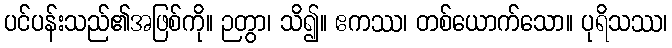
ပင်ပန်းသည်၏အဖြစ်ကို။ ဉတွာ၊ သိ၍။ ဧကဿ၊ တစ်ယောက်သော။ ပုရိသဿ၊